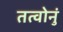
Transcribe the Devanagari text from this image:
तत्वोनुं